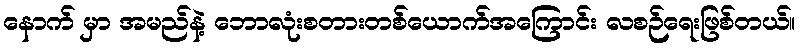
နောက် မှာ အမည်နဲ့ ဘောလုံးစတားတစ်ယောက်အကြောင်း လစဉ်ရေးဖြစ်တယ်။